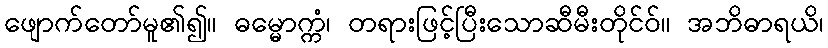
ဖျောက်တော်မူ၏၍။ ဓမ္မောက္ကံ၊ တရားဖြင့်ပြီးသောဆီမီးတိုင်ဝ်။ အဘိဓာရယိ၊